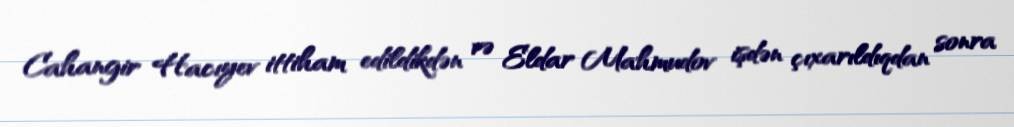
Cahangir Hacıyev ittiham edildikdən və Eldar Mahmudov işdən çıxarıldıqdan sonra